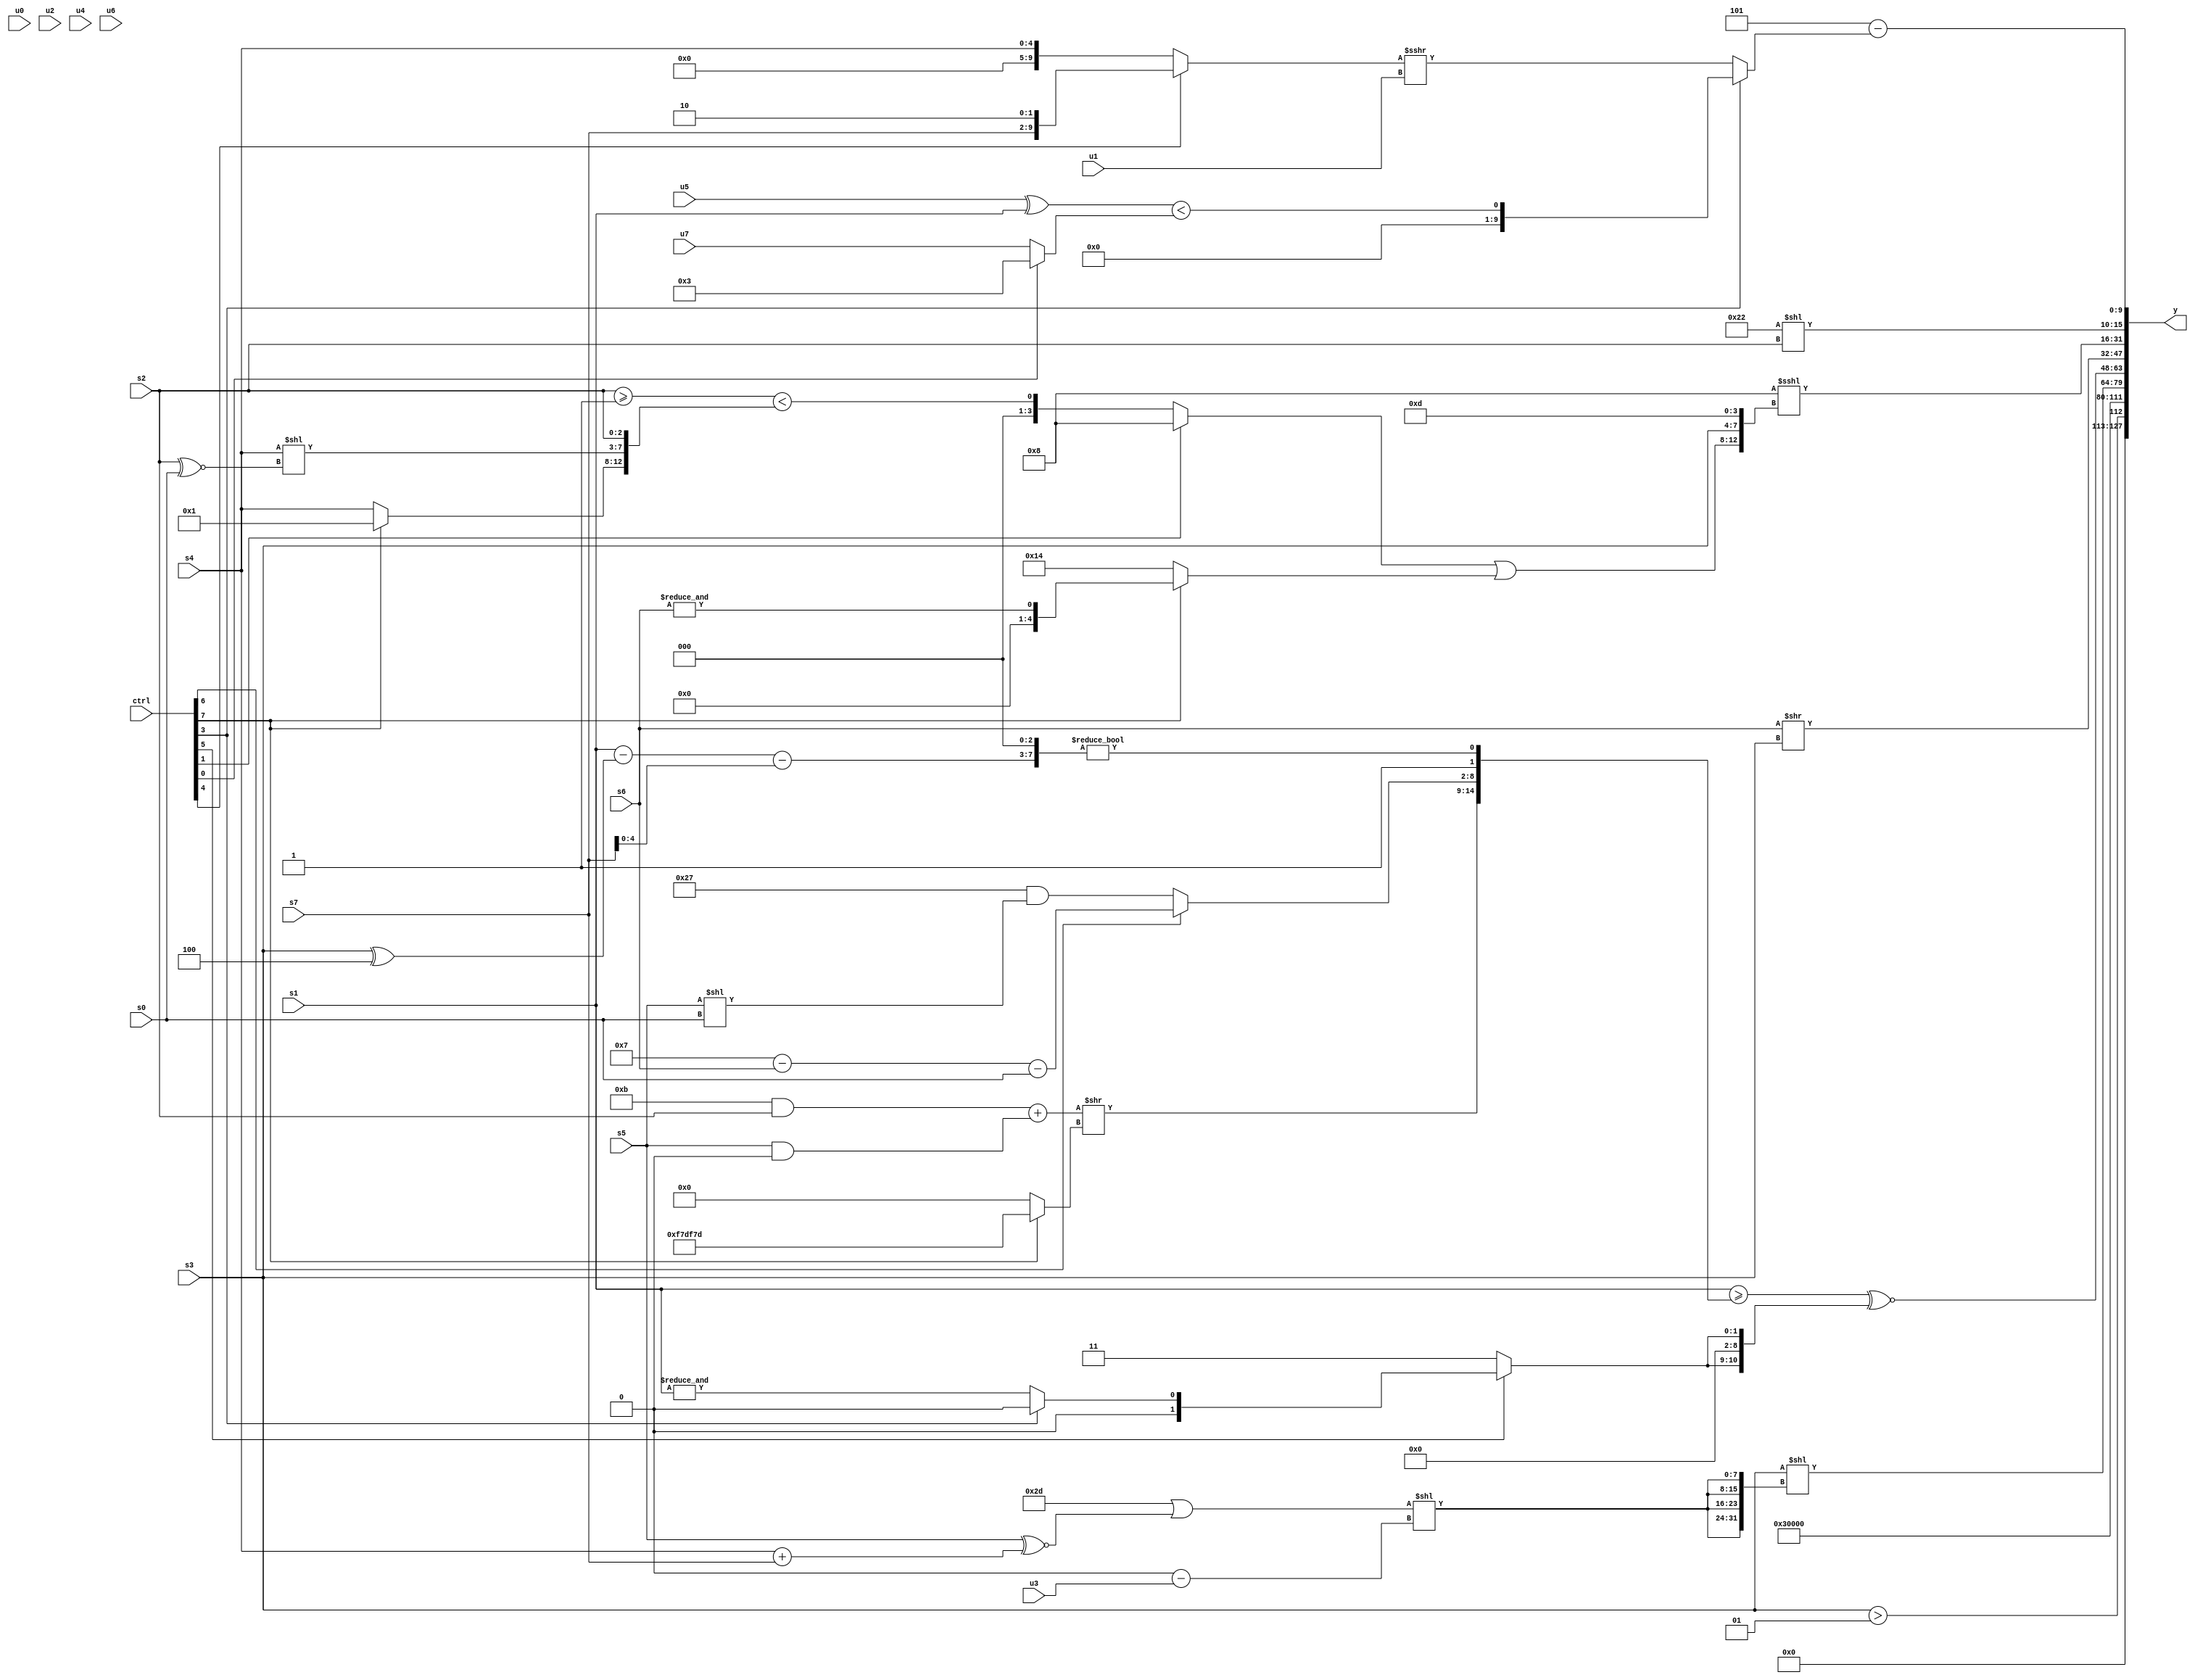
module wideexpr_00995(ctrl, u0, u1, u2, u3, u4, u5, u6, u7, s0, s1, s2, s3, s4, s5, s6, s7, y);
  input [7:0] ctrl;
  input [0:0] u0;
  input [1:0] u1;
  input [2:0] u2;
  input [3:0] u3;
  input [4:0] u4;
  input [5:0] u5;
  input [6:0] u6;
  input [7:0] u7;
  input signed [0:0] s0;
  input signed [1:0] s1;
  input signed [2:0] s2;
  input signed [3:0] s3;
  input signed [4:0] s4;
  input signed [5:0] s5;
  input signed [6:0] s6;
  input signed [7:0] s7;
  output [127:0] y;
  wire [15:0] y0;
  wire [15:0] y1;
  wire [15:0] y2;
  wire [15:0] y3;
  wire [15:0] y4;
  wire [15:0] y5;
  wire [15:0] y6;
  wire [15:0] y7;
  assign y = {y0,y1,y2,y3,y4,y5,y6,y7};
  assign y0 = (s3)>(3'sb001);
  assign y1 = $signed($signed(+(3'b011)));
  assign y2 = ~^((1'sb1)<=($signed(5'sb00000)));
  assign y3 = (s3)<<({4{(((6'sb100101)|((5'sb01001)>>>(1'b0)))|((s5)^~((s4)+(s7))))<<((+(!(4'sb1110)))-($signed((u3)<<<(1'sb0))))}});
  assign y4 = ((s1)>=({{($signed(((5'sb11011)&(s2))+((s5)&(1'sb0))))>>((ctrl[7]?{4{(6'sb110100)|(6'sb101001)}}:((1'b1)==(2'b11))<<(5'sb10001))),+((ctrl[6]?((4'sb0111)-(s6))-(s0):((6'sb110111)&(6'sb100111))&((s5)<<(s0)))),1'b1},(((((s1)>>(5'b00000))-((s3)^(3'sb100)))-(+(+(s7))))<<<(3'b011))!=(2'sb00)}))^~({2{(ctrl[5]?(ctrl[3]?{3{3'sb000}}:~&(~&(s1))):$unsigned((ctrl[5]?{(ctrl[0]?~&(1'sb1):(5'b00010)!=(5'b11110))}:$signed(3'sb011))))}});
  assign y5 = (s6)>>(s3);
  assign y6 = (4'sb1000)<<<({$signed(((ctrl[1]?5'b01000:((s2)>=(2'sb11))<({(ctrl[7]?2'sb01:$unsigned(s4)),(s4)<<((s2)^~(s0)),s2})))|((ctrl[7]?$signed(&($signed($signed(s6)))):(ctrl[7]?{2{{u1,4'sb1000,$signed(s1)}}}:{$signed((6'sb010100)&(3'sb100))})))),s3,4'sb1101});
  assign y7 = {1'b1,$unsigned((ctrl[5]?(ctrl[3]?s0:((ctrl[5]?6'b011110:$signed((ctrl[2]?(4'sb0110)>>>(u1):(1'sb0)<<(s3)))))<<({3'b000,4'sb0111,(ctrl[7]?s0:s3),(3'sb101)^(s0)})):+(-(($signed(+({s1,s1,s4})))>>($signed((3'sb001)&({1{1'sb1}}))))))),{(ctrl[1]?s1:s6),(ctrl[3]?(ctrl[6]?1'sb0:s5):$signed(~|(5'sb11101))),$unsigned((6'sb100010)<<(s2)),({2{(ctrl[3]?1'sb1:2'b01)}})-(((ctrl[3]?$unsigned(-(((u5)^(s1))<((ctrl[0]?4'sb0011:u7)))):($signed((ctrl[4]?{s7,2'sb10}:(ctrl[4]?u7:s4))))>>>($unsigned(u1))))>>({$signed(~(1'b1))}))}};
endmodule